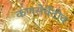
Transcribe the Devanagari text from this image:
कणसेर्वेटीव